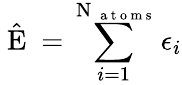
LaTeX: \hat{\mathrm{~E~}}=\sum_{i=1}^{\mathrm{~N~}_{\mathrm{~a~t~o~m~s~}}}\epsilon_{i}